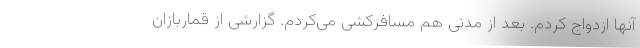
آنها ازدواج کردم. بعد از مدتی هم مسافرکشی می‌کردم. گزارشی از قماربازان